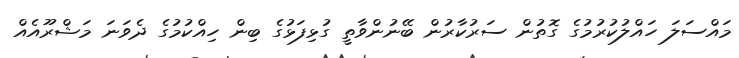
މައްސަލަ ހައްްލުކުރުމުގެ ގޮތުން ސަރުކާރުން ބޭނުންވާތީ ގުޅިފަޅުގެ ބިން ހިއްކުމުގެ ދެވަނަ މަޝްރޫއެއް